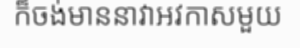
ក៏ចង់មាននាវាអវកាសមួយ